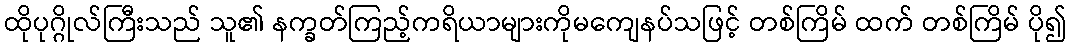
ထိုပုဂ္ဂိုလ်ကြီးသည် သူ၏ နက္ခတ်ကြည့်ကရိယာများကိုမကျေနပ်သဖြင့် တစ်ကြိမ် ထက် တစ်ကြိမ် ပို၍